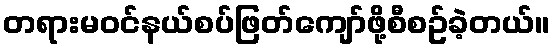
တရားမဝင်နယ်စပ်ဖြတ်ကျော်ဖို့စီစဥ်ခဲ့တယ်။